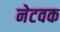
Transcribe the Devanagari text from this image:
नेटवक